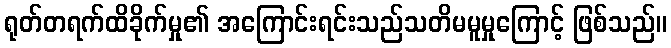
ရုတ်တရက်ထိခိုက်မှု၏ အကြောင်းရင်းသည်သတိမမူမှုကြောင့် ဖြစ်သည်။